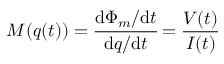
M ( q ( t ) ) = { \cfrac { \mathrm { d } \Phi _ { m } / \mathrm { d } t } { \mathrm { d } q / \mathrm { d } t } } = { \frac { V ( t ) } { I ( t ) } }